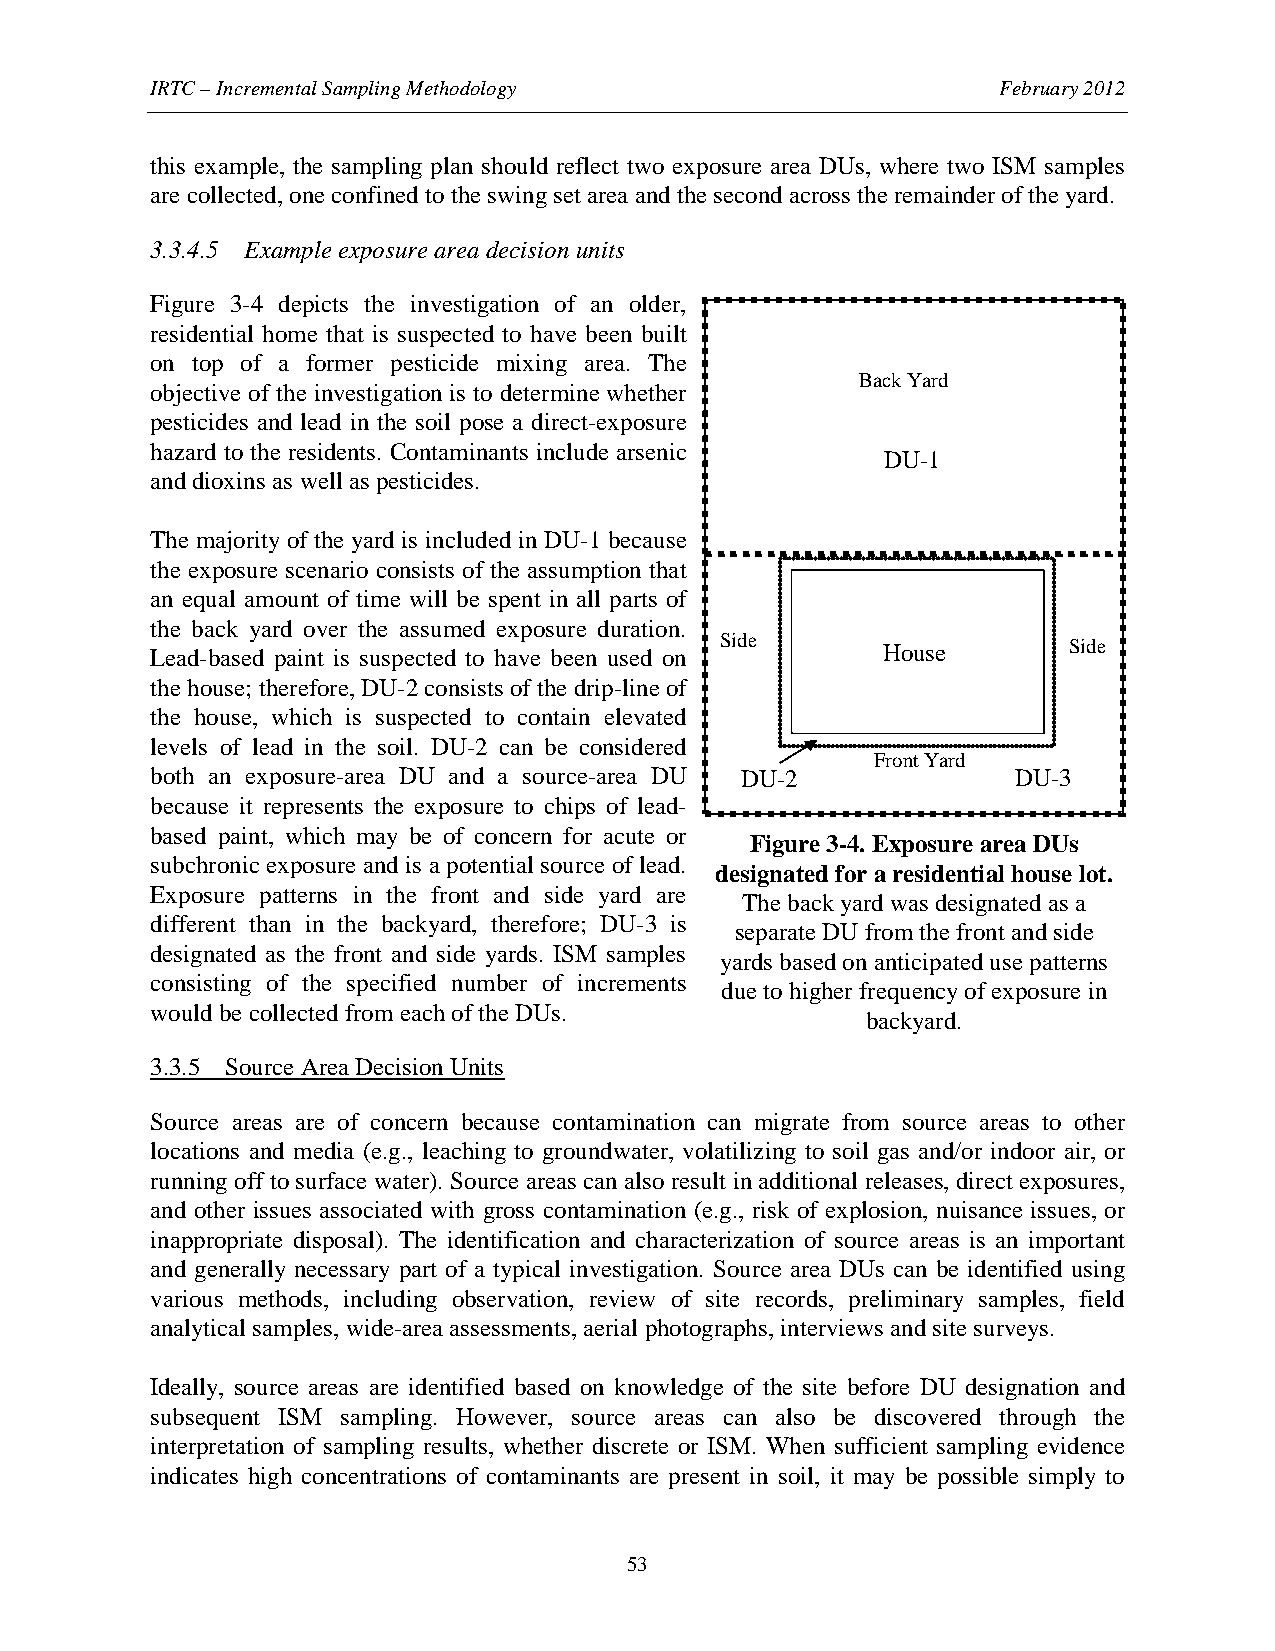
IRTC – Incremental Sampling Methodology                 February 2012
 this example, the sampling plan should reflect two exposure area DUs, where two ISM samples
 are collected, one confined to the swing set area and the second across the remainder of the yard.
 3.3.4.5 Example exposure area decision units
 Figure 3-4 depicts the investigation of an older,
 residential home that is suspected to have been built
 on top of a former pesticide mixing area. The
 Back Yard
 objective of the investigation is to determine whether
 pesticides and lead in the soil pose a direct-exposure
 hazard to the residents. Contaminants include arsenic
 DU-1
 and dioxins as well as pesticides.
 The majority of the yard is included in DU-1 because
 the exposure scenario consists of the assumption that
 an equal amount of time will be spent in all parts of
 the back yard over the assumed exposure duration.
 Lead-based paint is suspected to have been used on Side House Side
 the house; therefore, DU-2 consists of the drip-line of
 the house, which is suspected to contain elevated
 levels of lead in the soil. DU-2 can be considered
 Front Yard
 both an exposure-area DU and a source-area DU DU-2       DU-3
 because it represents the exposure to chips of lead-
 based paint, which may be of concern for acute or
 Figure 3-4. Exposure area DUs
 subchronic exposure and is a potential source of lead.
 designated for a residential house lot.
 Exposure patterns in the front and side yard are
 The back yard was designated as a
 different than in the backyard, therefore; DU-3 is
 separate DU from the front and side
 designated as the front and side yards. ISM samples
 yards based on anticipated use patterns
 consisting of the specified number of increments
 due to higher frequency of exposure in
 would be collected from each of the DUs.
 backyard.
 3.3.5 Source Area Decision Units
 Source areas are of concern because contamination can migrate from source areas to other
 locations and media (e.g., leaching to groundwater, volatilizing to soil gas and/or indoor air, or
 running off to surface water). Source areas can also result in additional releases, direct exposures,
 and other issues associated with gross contamination (e.g., risk of explosion, nuisance issues, or
 inappropriate disposal). The identification and characterization of source areas is an important
 and generally necessary part of a typical investigation. Source area DUs can be identified using
 various methods, including observation, review of site records, preliminary samples, field
 analytical samples, wide-area assessments, aerial photographs, interviews and site surveys.
 Ideally, source areas are identified based on knowledge of the site before DU designation and
 subsequent ISM sampling. However, source areas can also be discovered through the
 interpretation of sampling results, whether discrete or ISM. When sufficient sampling evidence
 indicates high concentrations of contaminants are present in soil, it may be possible simply to
 53